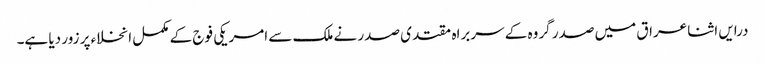
درایں اثنا عراق میں صدر گروہ کے سربراہ مقتدی صدر نے ملک سے امریکی فوج کے مکمل انخلاء پر زور دیا ہے۔